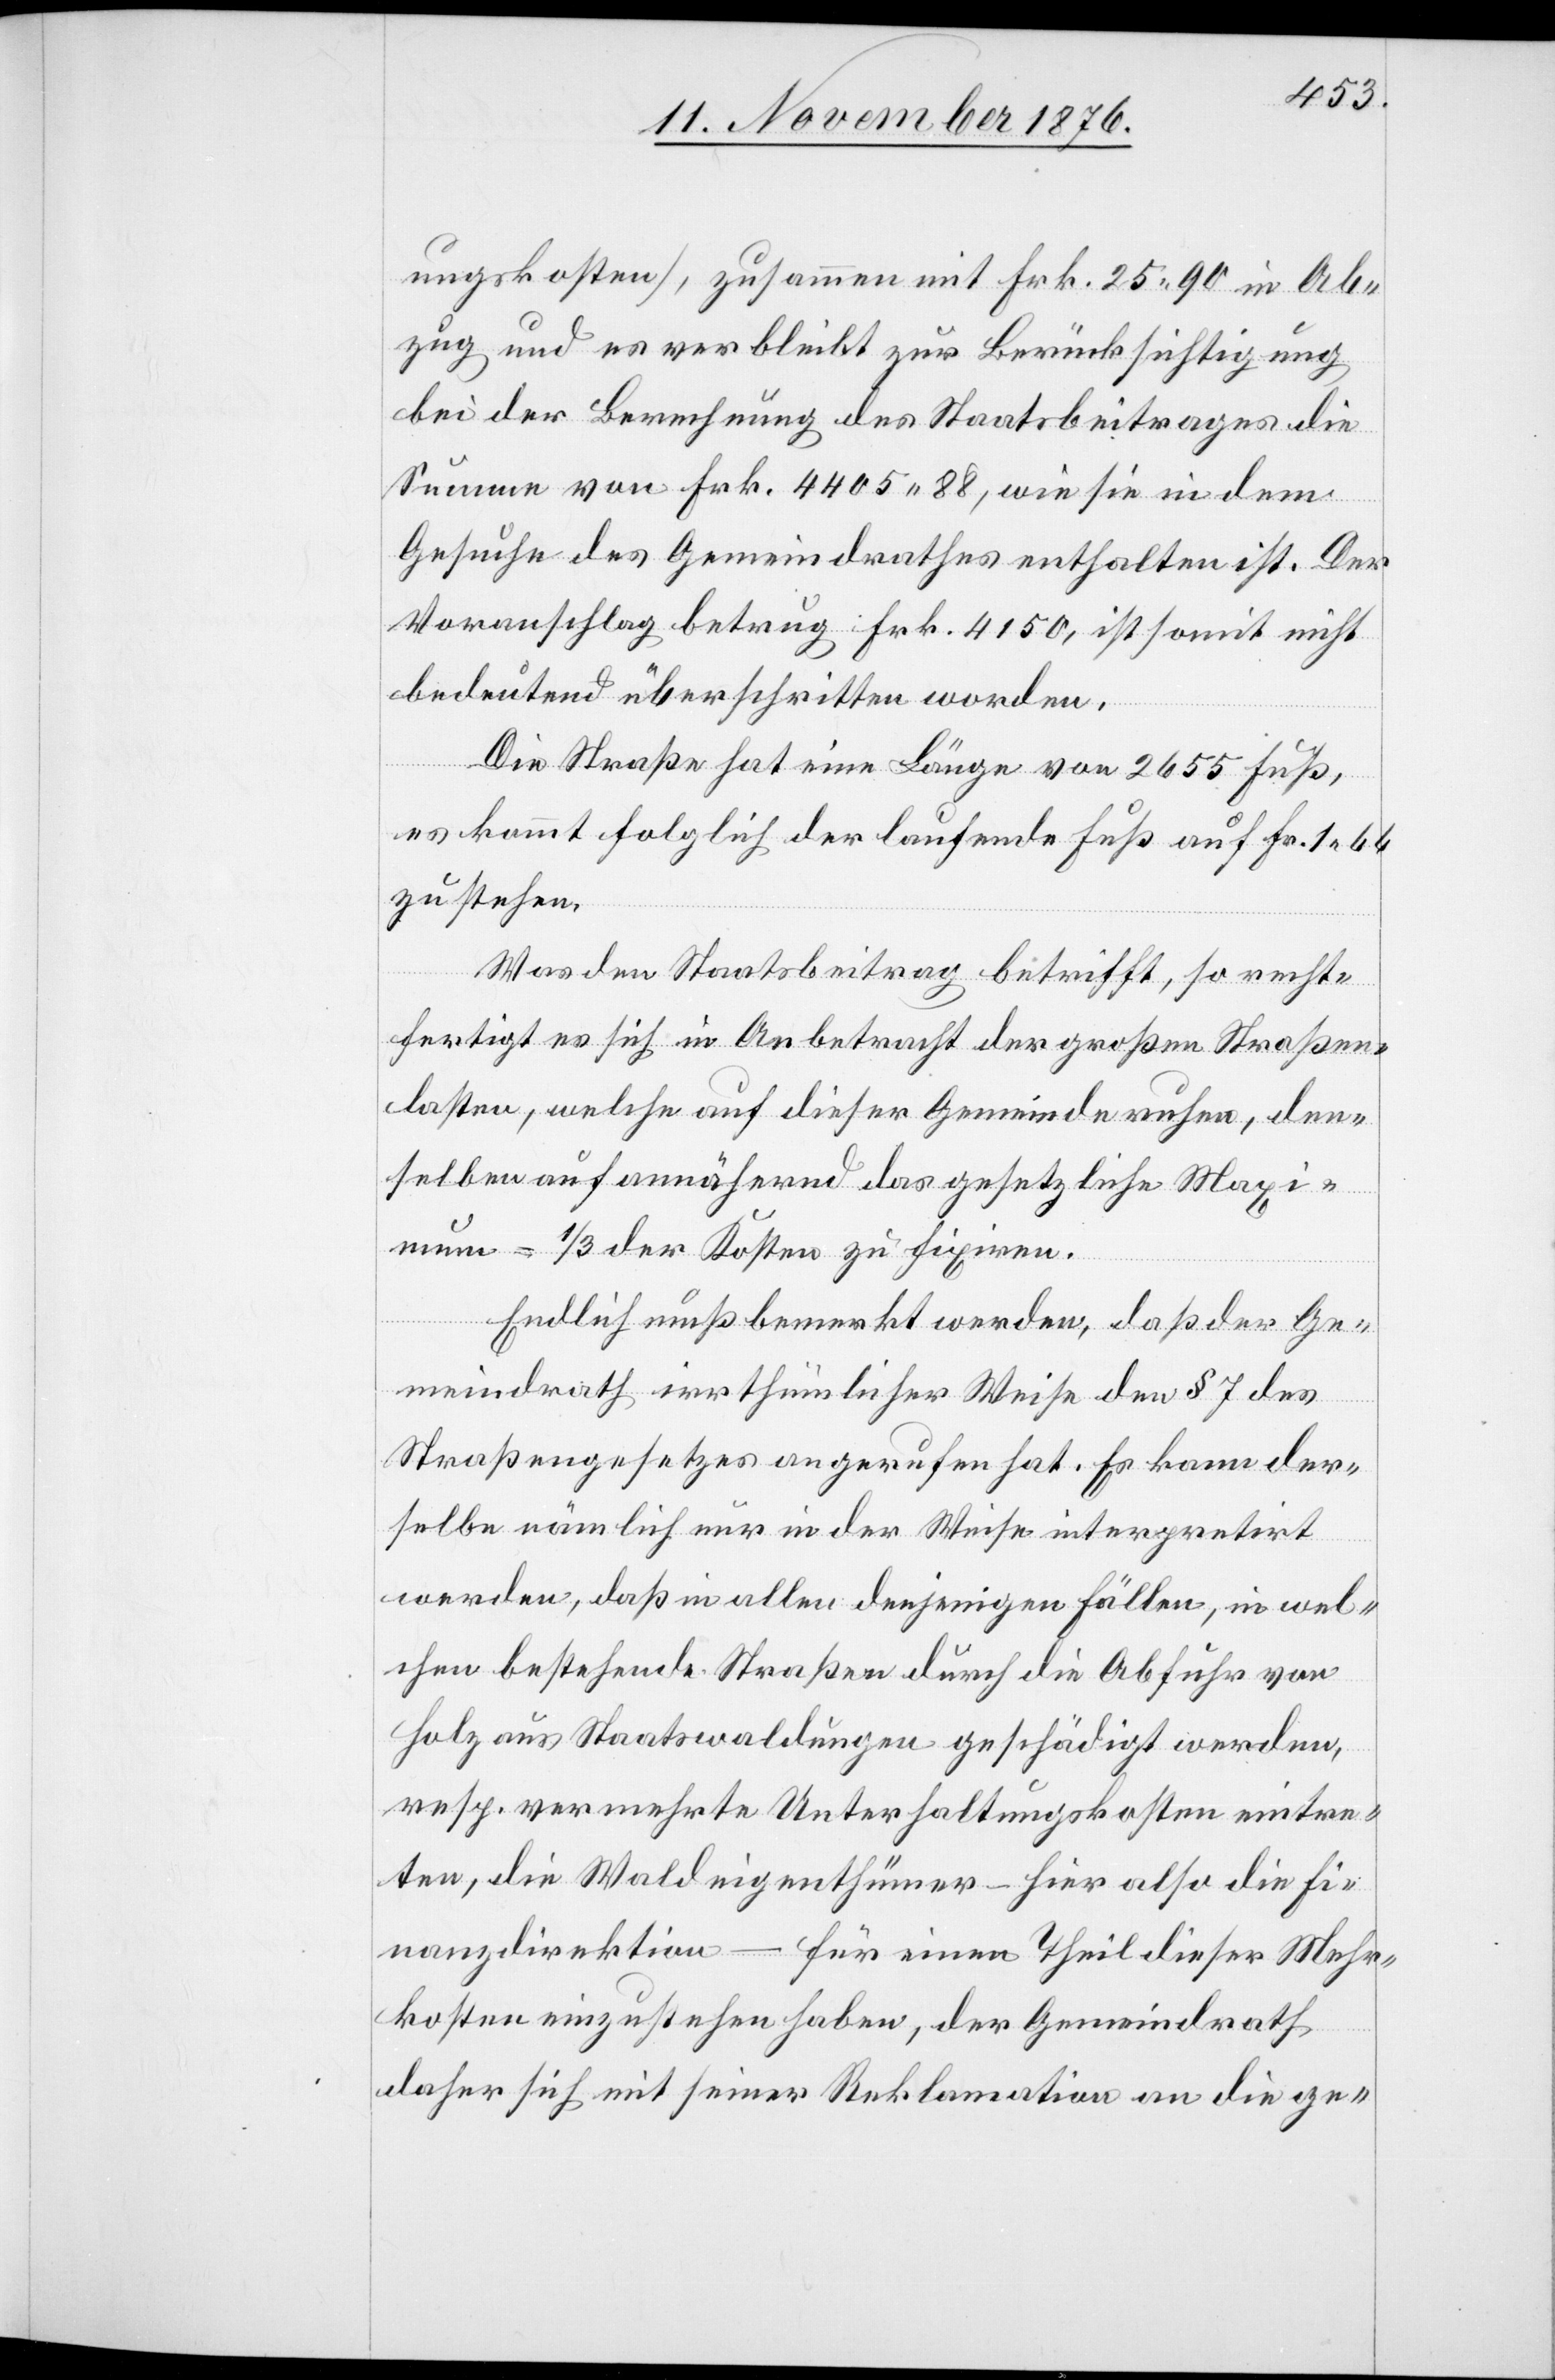
ungskosten], zusammen mit Frk. 25 90 in Ab¬
zug und es verbleibt zur Berücksichtigung
bei der Berechnung des Staatsbeitrages die
Summe von Frk. 4405 88, wie sie in dem
Gesuch des Gemeindrathes enthalten ist. Der
Voranschlag betrug Frk. 4150, ist somit nicht
bedeutend überschritten worden.
Die Straße hat eine Länge von 2655 Fuß,
es kommt folglich der laufende Fuß auf Fr. 1 66
zu stehen.
Was den Staatsbeitrag betrifft, so recht¬
fertigt es sich in Anbetracht der großen Straßen¬
lasten, welche auf dieser Gemeinde ruhen, den¬
selben auf annähernd das gesetzliche Maxi¬
mum = 1/3 der Kosten zu fixiren.
Endlich muß bemerkt werden, daß der Ge¬
meindrath irrthümlicher Weise den § 7 des
Straßengesetzes angerufen hat. Es kann der¬
selbe nämlich nur in der Weise interpretirt
werden, daß in allen denjenigen Fällen, in wel¬
chen bestehende Straßen durch die Abfuhr von
Holz aus Staatswaldungen geschädigt werden,
resp. vermehrte Unterhaltungskosten eintre¬
ten, die Waldeigenthümer – hier also die Fi¬
nanzdirektion – für einen Theil dieser Mehr¬
kosten einzustehen habe, der Gemeindrath
daher sich mit seiner Reklamation an die ge-